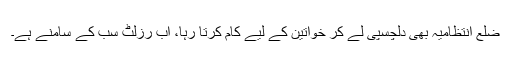
ضلع انتظامیہ بھی دلچسپی لے کر خواتین کے لیے کام کرتا رہا، اب رزلٹ سب کے سامنے ہے۔